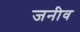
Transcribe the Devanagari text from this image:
जनीव